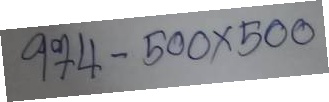
974 - 500 x 500